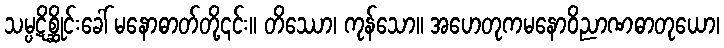
သမ္ပဋိစ္ဆိုင်းခေါ် မနောဓာတ်တို့၎င်း။ တိဿော၊ ကုန်သော။ အဟေတုကမနောဝိညာဏဓာတုယော၊